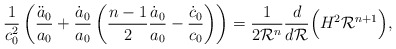
\begin{align*}\frac{1}{c_0^2}\left (\frac{\ddot a_0}{a_0} +\frac{\dot a_0}{a_0} \left(\frac{n-1}{2} \frac{\dot a_0}{a_0} -\frac{\dot c_0}{c_0}\right) \right) = \frac{1}{2{\cal R}^n}\frac{d}{d{\cal R}} \Big(H^2{\cal R}^{n+1} \Big),\end{align*}